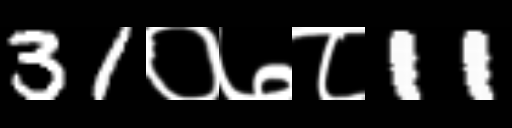
Text: 31०७८11